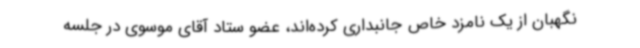
نگهبان از یک نامزد خاص جانبداری کرده‌اند، عضو ستاد آقای موسوی در جلسه